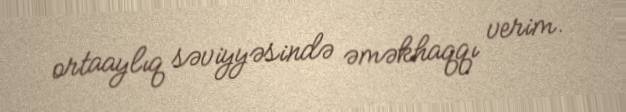
ortaaylıq səviyyəsində əməkhaqqı verim.